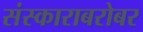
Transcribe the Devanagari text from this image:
संस्काराबरोबर